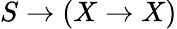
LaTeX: S\to(X\to X)